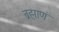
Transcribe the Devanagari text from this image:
ब्रह्माणं